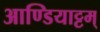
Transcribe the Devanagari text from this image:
आण्डियाट्टम्